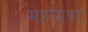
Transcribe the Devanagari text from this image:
महायशः